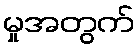
မှုအတွက်